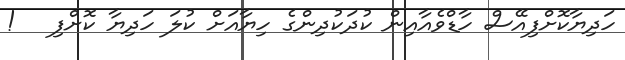
ހަދިޔާކޮށްފިއޭސް ހާޑްވެއާއިން ކުދަކުދިންގެ ހިޔާއަށް ކުލަ ހަދިޔާ ކޮށްފި   !